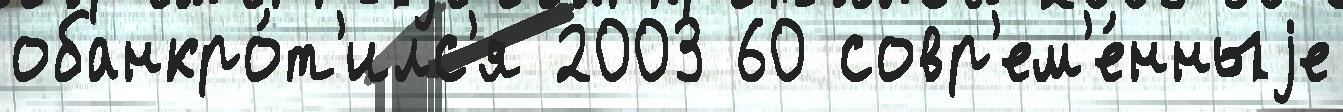
обанкро́т'илс'я 2003 60 совр'ем'е́нныjе